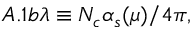
A . 1 b \lambda \equiv N _ { c } \alpha _ { s } ( \mu ) / 4 \pi ,